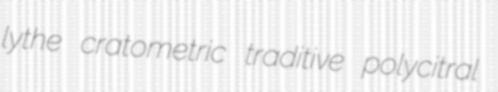
lythe cratometric traditive polycitral